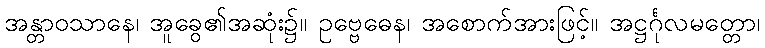
အန္တာဝသာနေ၊ အူခွေ၏အဆုံး၌။ ဥဗ္ဗေဓေန၊ အစောက်အားဖြင့်။ အဋ္ဌင်္ဂုလမတ္တော၊